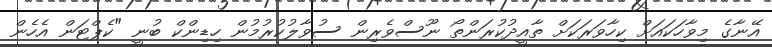
އޭނާގެ މިވާހަކައަށް ކިހާވަރަކަށް ތާއީދުކުރަންތޯ ނޫސްވެރިން ސުވާލުކުރުމުން ހިޑިންކް ބުނީ "ކެޕްޓަން އެހެން